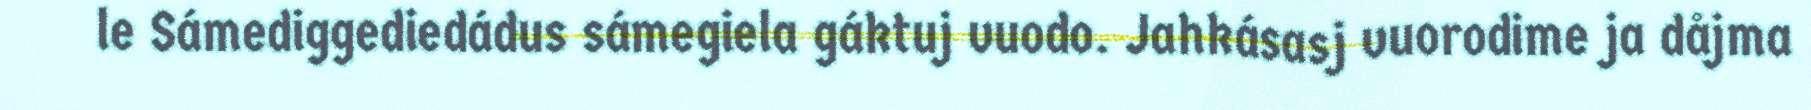
le Sámediggediedádus sámegiela gáktuj vuodo. Jahkásasj vuorodime ja dåjma